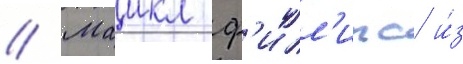
// Маикл ф'илл'ипс и́з